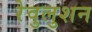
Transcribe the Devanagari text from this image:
रेवुलुशन